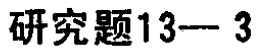
研究题13--- 3